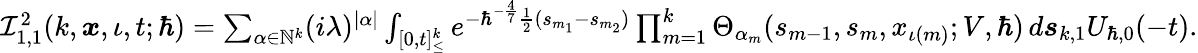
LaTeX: \begin{array}{r}{\mathcal{I}_{1,1}^{2}(k,\boldsymbol{x},\iota,t;\hbar)=\sum_{\alpha\in\mathbb{N}^{k}}(i\lambda)^{|\alpha|}\int_{[0,t]_{\leq}^{k}}e^{-\hbar^{-\frac{4}{7}}\frac{1}{2}(s_{m_{1}}-s_{m_{2}})}\prod_{m=1}^{k}\Theta_{\alpha_{m}}(s_{m-1},{s}_{m},x_{\iota(m)};V,\hbar)\, d\boldsymbol{s}_{k,1}U_{\hbar,0}(-t).}\end{array}